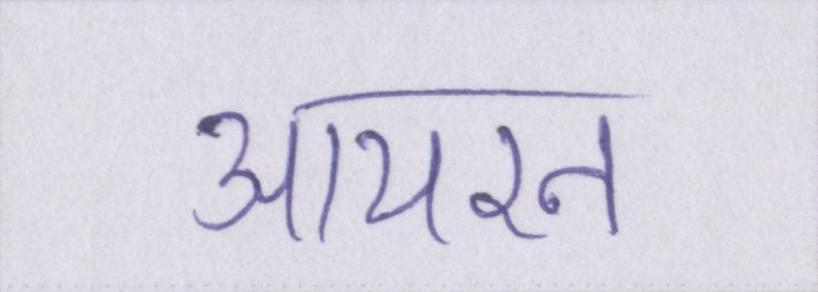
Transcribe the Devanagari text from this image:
आयरन